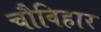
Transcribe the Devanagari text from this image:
चौविहार